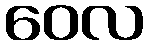
ဝေလ